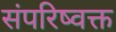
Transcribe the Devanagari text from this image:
संपरिष्वक्त